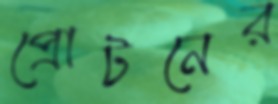
প্রোটনের